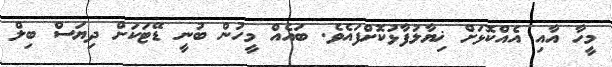
މީހާ އާއި އެއްކޮޅަށް ޚިޔާލުފާޅުކޮށްފައެވެ. ބައެއް މީހުން ބުނީ ޑޭޓަކަށް ދިޔަސް ބިލް